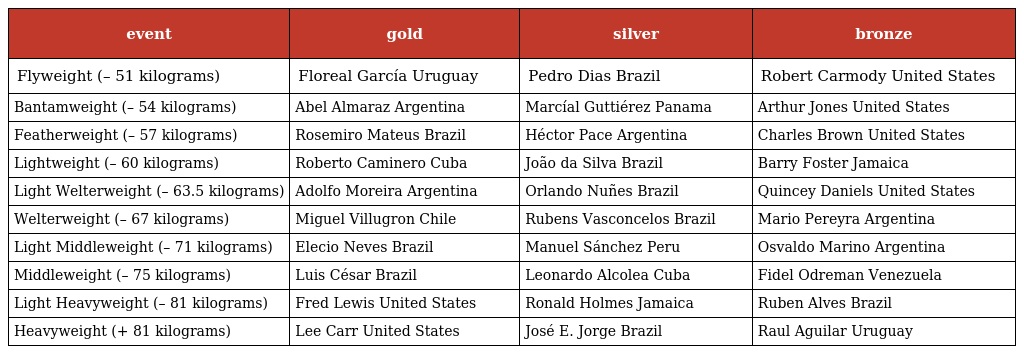
| event | gold | silver | bronze |
 | --- | --- | --- | --- |
 | Flyweight (– 51 kilograms) | Floreal García Uruguay | Pedro Dias Brazil | Robert Carmody United States |
 | Bantamweight (– 54 kilograms) | Abel Almaraz Argentina | Marcíal Guttiérez Panama | Arthur Jones United States |
 | Featherweight (– 57 kilograms) | Rosemiro Mateus Brazil | Héctor Pace Argentina | Charles Brown United States |
 | Lightweight (– 60 kilograms) | Roberto Caminero Cuba | João da Silva Brazil | Barry Foster Jamaica |
 | Light Welterweight (– 63.5 kilograms) | Adolfo Moreira Argentina | Orlando Nuñes Brazil | Quincey Daniels United States |
 | Welterweight (– 67 kilograms) | Miguel Villugron Chile | Rubens Vasconcelos Brazil | Mario Pereyra Argentina |
 | Light Middleweight (– 71 kilograms) | Elecio Neves Brazil | Manuel Sánchez Peru | Osvaldo Marino Argentina |
 | Middleweight (– 75 kilograms) | Luis César Brazil | Leonardo Alcolea Cuba | Fidel Odreman Venezuela |
 | Light Heavyweight (– 81 kilograms) | Fred Lewis United States | Ronald Holmes Jamaica | Ruben Alves Brazil |
 | Heavyweight (+ 81 kilograms) | Lee Carr United States | José E. Jorge Brazil | Raul Aguilar Uruguay |